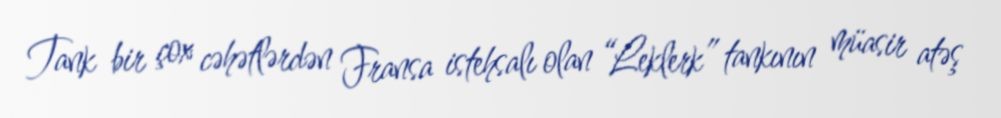
Tank bir çox cəhətlərdən Fransa istehsalı olan “Leklerk” tankının müasir atəş